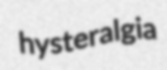
hysteralgia